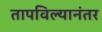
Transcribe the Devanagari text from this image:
तापविल्यानंतर